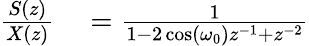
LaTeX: \begin{array}{rl}{{\frac{S(z)}{X(z)}}}&{{}={\frac{1}{1-2\cos(\omega_{0})z^{-1}+z^{-2}}}}\end{array}